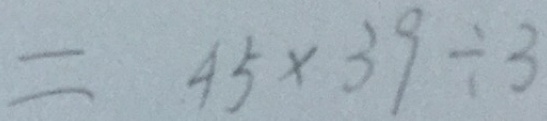
= 4 5 \times 3 9 \div 3